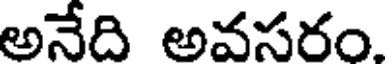
అనేది అవసరం.